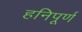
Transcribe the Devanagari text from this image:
हनिपूर्ण